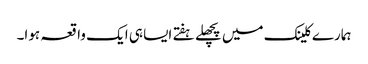
ہمارے کلینک میں پچھلے ہفتے ایسا ہی ایک واقعہ ہوا۔